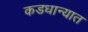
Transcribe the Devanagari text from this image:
कडधान्यात